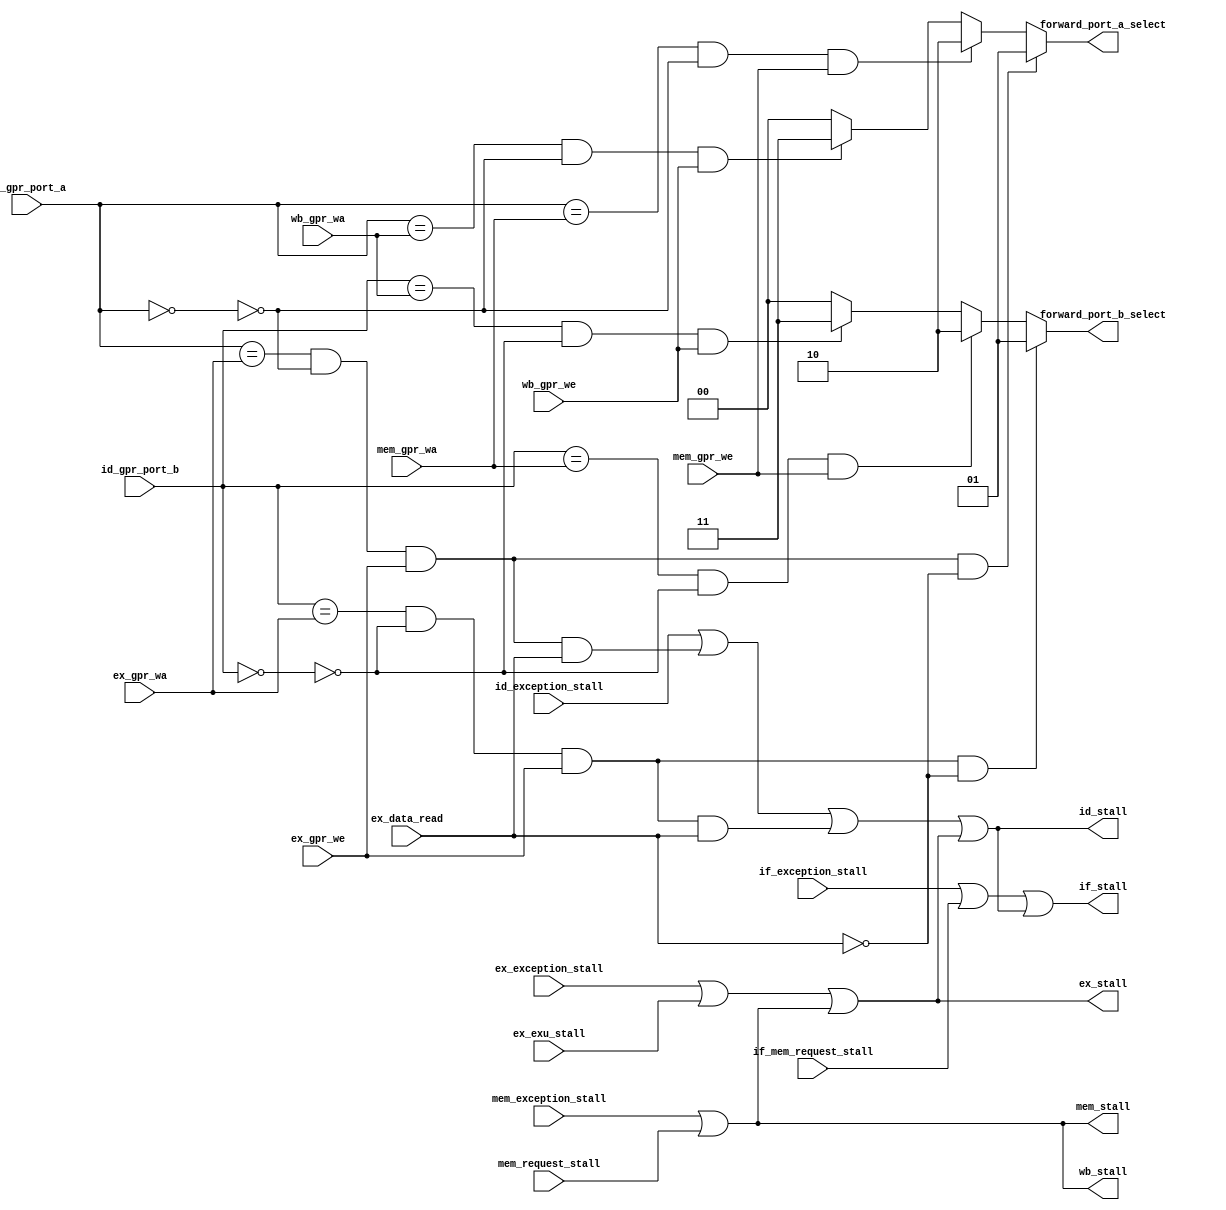
module ada_hazard(
    input   [4:0]   id_gpr_port_a,          // GPR address A: ID stage
    input   [4:0]   id_gpr_port_b,          // GPR address B: ID stage
    input   [4:0]   ex_gpr_wa,              // GPR write address: EX stage
    input   [4:0]   mem_gpr_wa,             // GPR write address: MEM stage
    input   [4:0]   wb_gpr_wa,              // GPR write address: WB stage
    input           ex_gpr_we,              // GPR write enable: EX stage
    input           mem_gpr_we,             // GPR write enable: MEM stage
    input           wb_gpr_we,              // GPR write enable: WB stage
    input           if_mem_request_stall,   // Request stall IF stage from memory decoder unit.
    input           ex_data_read,           // Memory load: EX stage
    input           mem_request_stall,      // Request stall MEM stage from memory decoder unit.
    input           if_exception_stall,     // Request stall IF stage from exception controller.
    input           id_exception_stall,     // Request stall ID stage from exception controller.
    input           ex_exception_stall,     // Request stall EX stage from exception controller.
    input           mem_exception_stall,    // Request stall MEM stage from exception controller.
    input           ex_exu_stall,           // Hazard from EX stage
    output  [1:0]   forward_port_a_select,  // forwarding selector: port A
    output  [1:0]   forward_port_b_select,  // forwarding selector: port B
    output          if_stall,               // Stall IF stage
    output          id_stall,               // Stall ID stage
    output          ex_stall,               // Stall EX stage
    output          mem_stall,              // Stall MEM stage
    output          wb_stall                // Stall WB stage
    );

    //--------------------------------------------------------------------------
    // Signal Declaration: wire
    //--------------------------------------------------------------------------
    // no forwarding if reading register zero
    wire id_port_a_is_zero;
    wire id_port_b_is_zero;
    // verify match: register address and write address (EX, MEM & WB)
    wire id_ex_port_a_match;
    wire id_ex_port_b_match;
    wire id_mem_port_a_match;
    wire id_mem_port_b_match;
    wire id_wb_port_a_match;
    wire id_wb_port_b_match;
    // ID stall: EX
    wire id_stall_1;
    wire id_stall_2;
    // ID forwarding: EX
    wire id_forward_1;
    wire id_forward_2;
    // ID forwarding: MEM
    wire id_forward_3;
    wire id_forward_4;
    // ID forwarding: WB
    wire id_forward_5;
    wire id_forward_6;

    //--------------------------------------------------------------------------
    // assignments
    //--------------------------------------------------------------------------
    assign id_port_a_is_zero   = (id_gpr_port_a == 5'b0);
    assign id_port_b_is_zero   = (id_gpr_port_b == 5'b0);

    // perform address check
    assign id_ex_port_a_match  = (id_gpr_port_a == ex_gpr_wa)  & (~id_port_a_is_zero) & ex_gpr_we;
    assign id_mem_port_a_match = (id_gpr_port_a == mem_gpr_wa) & (~id_port_a_is_zero) & mem_gpr_we;
    assign id_wb_port_a_match  = (id_gpr_port_a == wb_gpr_wa)  & (~id_port_a_is_zero) & wb_gpr_we;
    assign id_ex_port_b_match  = (id_gpr_port_b == ex_gpr_wa)  & (~id_port_b_is_zero) & ex_gpr_we;
    assign id_mem_port_b_match = (id_gpr_port_b == mem_gpr_wa) & (~id_port_b_is_zero) & mem_gpr_we;
    assign id_wb_port_b_match  = (id_gpr_port_b == wb_gpr_wa)  & (~id_port_b_is_zero) & wb_gpr_we;

    // stall on ID if EX match and memory access (Load instruction on EX stage -> create Delay Slot).
    assign id_stall_1          = id_ex_port_a_match & ex_data_read;
    assign id_stall_2          = id_ex_port_b_match & ex_data_read;

    // forward from EX if match (and if EX instruction isn't a load instruction. Store doesn't affect here)
    assign id_forward_1        = id_ex_port_a_match & ~ex_data_read;
    assign id_forward_2        = id_ex_port_b_match & ~ex_data_read;

    //forward from MEM if match and no memory write.
    // using ~mem_data_write here is redundant, because mem_data_write = ~mem_gpr_we.
    assign id_forward_3        = id_mem_port_a_match;
    assign id_forward_4        = id_mem_port_b_match;

    // forward from WB
    assign id_forward_5        = id_wb_port_a_match;
    assign id_forward_6        = id_wb_port_b_match;

    //--------------------------------------------------------------------------
    // Assign stall signals
    //--------------------------------------------------------------------------
    assign wb_stall  = mem_stall;                                                   // this can be 0 (never stall)
    assign mem_stall = mem_exception_stall | mem_request_stall;
    assign ex_stall  = ex_exception_stall  | ex_exu_stall | mem_stall;
    assign id_stall  = id_exception_stall  | id_stall_1 | id_stall_2 | ex_stall ;
    assign if_stall  = if_exception_stall  | if_mem_request_stall | id_stall;

    //--------------------------------------------------------------------------
    // forwarding control signals
    // 00 -> ID (no forwarding)
    // 01 -> EX
    // 10 -> MEM
    // 11 -> WB
    //--------------------------------------------------------------------------
    assign forward_port_a_select = (id_forward_1) ? 2'b01 : ((id_forward_3) ? 2'b10 : ((id_forward_5) ? 2'b11 : 2'b00));
    assign forward_port_b_select = (id_forward_2) ? 2'b01 : ((id_forward_4) ? 2'b10 : ((id_forward_6) ? 2'b11 : 2'b00));
endmodule